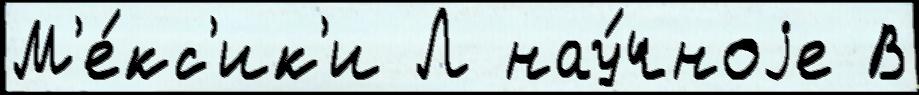
М'е́кс'ик'и Л нау́чноjе В